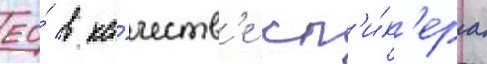
ео́ в ка́честв'е сп'и́к'ера